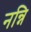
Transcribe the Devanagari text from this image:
नन्नि